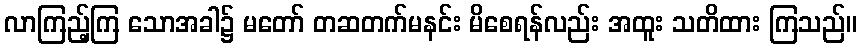
လာကြည့်ကြ သောအခါ၌ မတော် တဆတက်မနင်း မိစေရန်လည်း အထူး သတိထား ကြသည်။